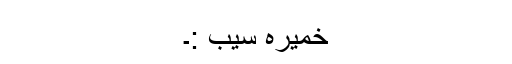
خمیرہ سیب :۔